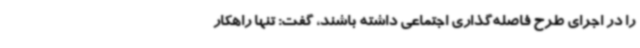
را در اجرای طرح فاصله‌گذاری اجتماعی داشته باشند، گفت: تنها راهکار